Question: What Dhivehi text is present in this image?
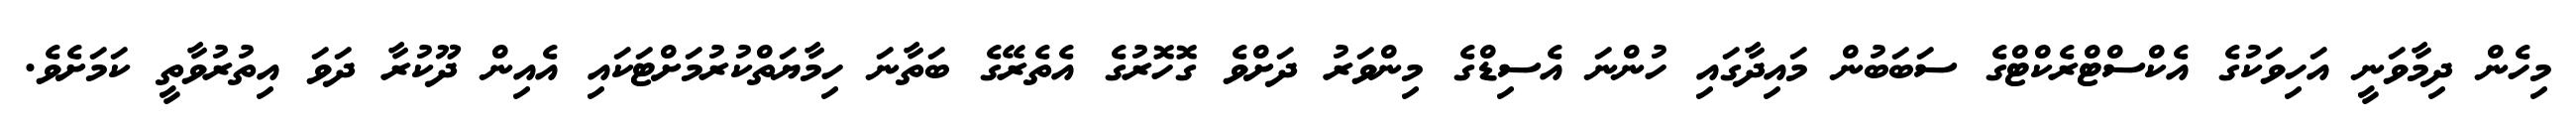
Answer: މިހެން ދިމާވަނީ އަހިވަކުގެ އެކްސްޓްރެކްޓްގެ ސަބަބުން މައިދާގައި ހުންނަ އެސިޑްގެ މިންވަރު ދަށްވެ ގޮހޮރުގެ އެތެރޭގެ ބަތާނަ ހިމާޔަތްކުރުމަށްޓަކައި އެއިން ދޫކުރާ ދަވަ އިތުރުވާތީ ކަމަށެވެ.